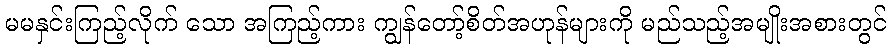
မမနှင်းကြည့်လိုက် သော အကြည့်ကား ကျွန်တော့်စိတ်အဟုန်များကို မည်သည့်အမျိုးအစားတွင်